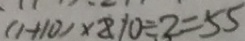
( 1 + 1 0 ) \times 8 1 0 \div 2 = 5 5